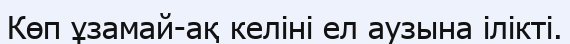
Көп ұзамай-ақ келіні ел аузына ілікті.